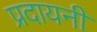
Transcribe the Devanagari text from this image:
प्रदायनी